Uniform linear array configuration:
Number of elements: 64
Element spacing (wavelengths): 0.5
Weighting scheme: exponential
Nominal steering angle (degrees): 45
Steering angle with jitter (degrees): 44.95
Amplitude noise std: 0.05
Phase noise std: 0.05

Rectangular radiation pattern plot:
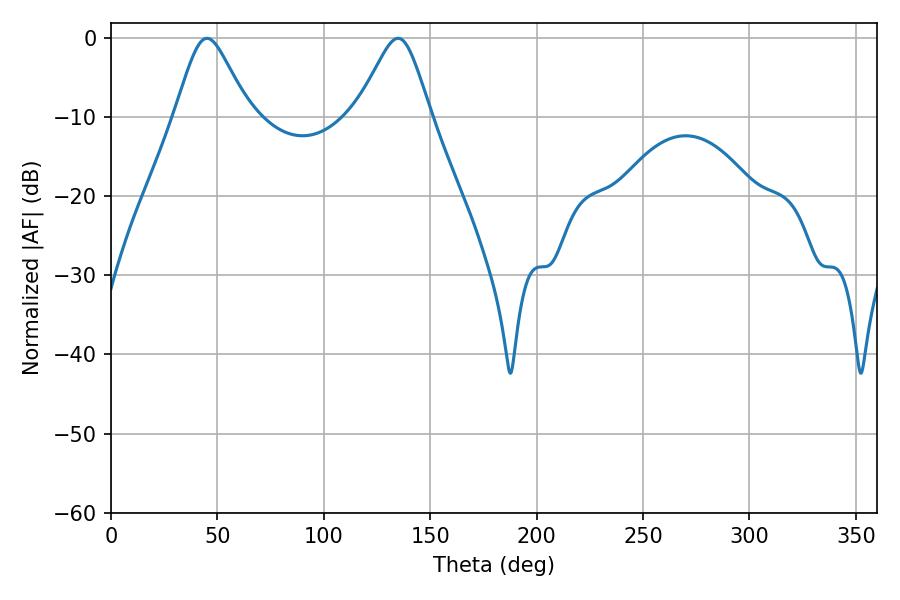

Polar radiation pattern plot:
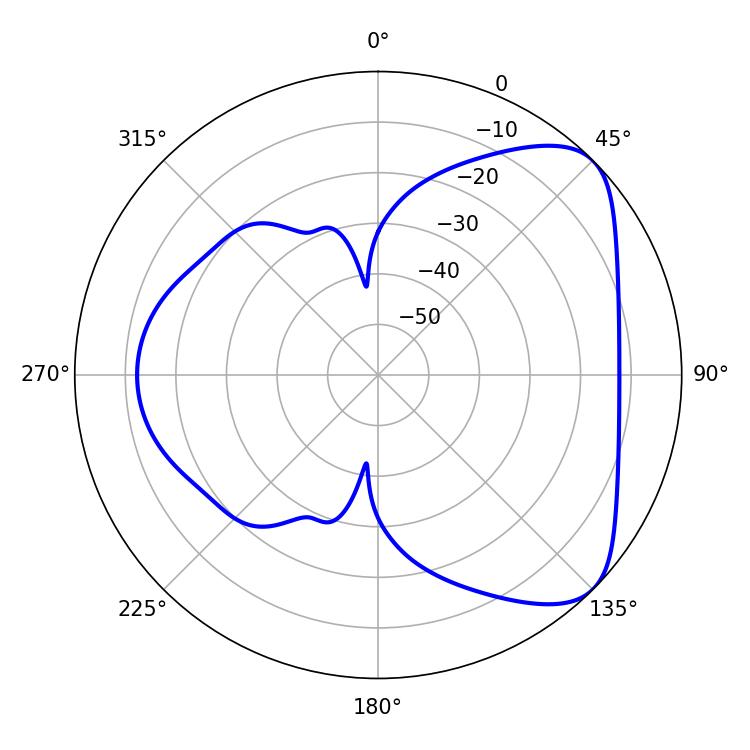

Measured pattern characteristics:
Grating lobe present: FALSE
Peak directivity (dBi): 5.983
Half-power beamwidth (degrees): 16.74
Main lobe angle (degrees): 45.18